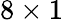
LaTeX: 8\times 1